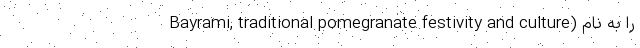
Bayrami, traditional pomegranate festivity and culture) را به نام